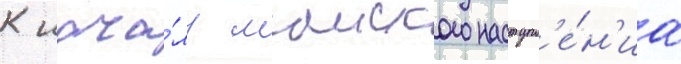
К нача́лу маиского наступл'е́н'иа